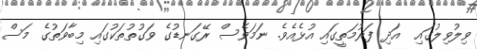
ވިލުވިލުގައި  އަދި ފަރުމަތީގައި އުޅެއެވެ. ނަމަވެސް ރޭގަނޑުގެ ވަގުތުތަކުގައި މިބާވަތުގެ މަސް